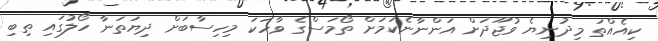
ކިއެއްތަ މިދުނިޔެ ވުޖޫދަށް އަންނާނެކަމަށް ތޯމަސްގެ ވާހަކަ މިހިސާބަށް ދިޔަތަނާ ހޯލުގައި ތިބި